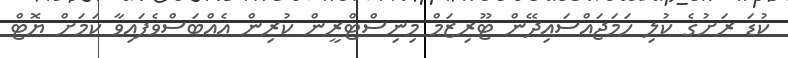
ކުޑަ ރަށުގެ ކުލި ހަމަޖައްސައިދޭން ޓޫރިޒަމް މިނިސްޓްރީން ކުރިން އެއްބަސްވެފައިވާ ކަމަށް ޔޮޓް